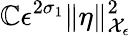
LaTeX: \mathbb{C}\epsilon^{2\sigma_{1}}\| \eta\| _{\mathcal{{X}}_{\epsilon}}^{2}